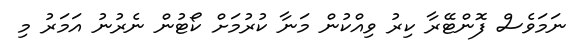
ނަމަވެސް ފޮންޓޭރާ ކިރު ވިއްކުން މަނާ ކުރުމަށް ކޯޓުން ނެރުނު އަމަރު މި